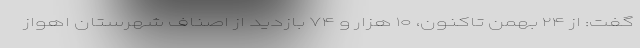
گفت: از ۲۴ بهمن تاکنون، ۱۰ هزار و ۷۴ بازدید از اصناف شهرستان اهواز